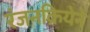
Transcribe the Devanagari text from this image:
रंजनक्रियेने